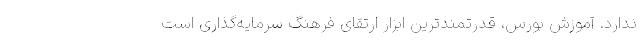
ندارد. آموزش بورس، قدرتمندترین ابزار ارتقای فرهنگ‌ سرمایه‌گذاری است